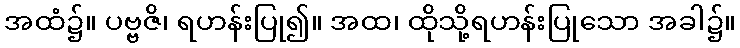
အထံ၌။ ပဗ္ဗဇိ၊ ရဟန်းပြု၍။ အထ၊ ထိုသို့ရဟန်းပြုသော အခါ၌။